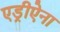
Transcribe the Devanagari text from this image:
एड्रीऐना